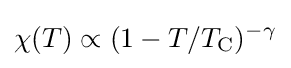
\chi (T)\propto (1-T/T_{\text{C}})^{-\gamma }